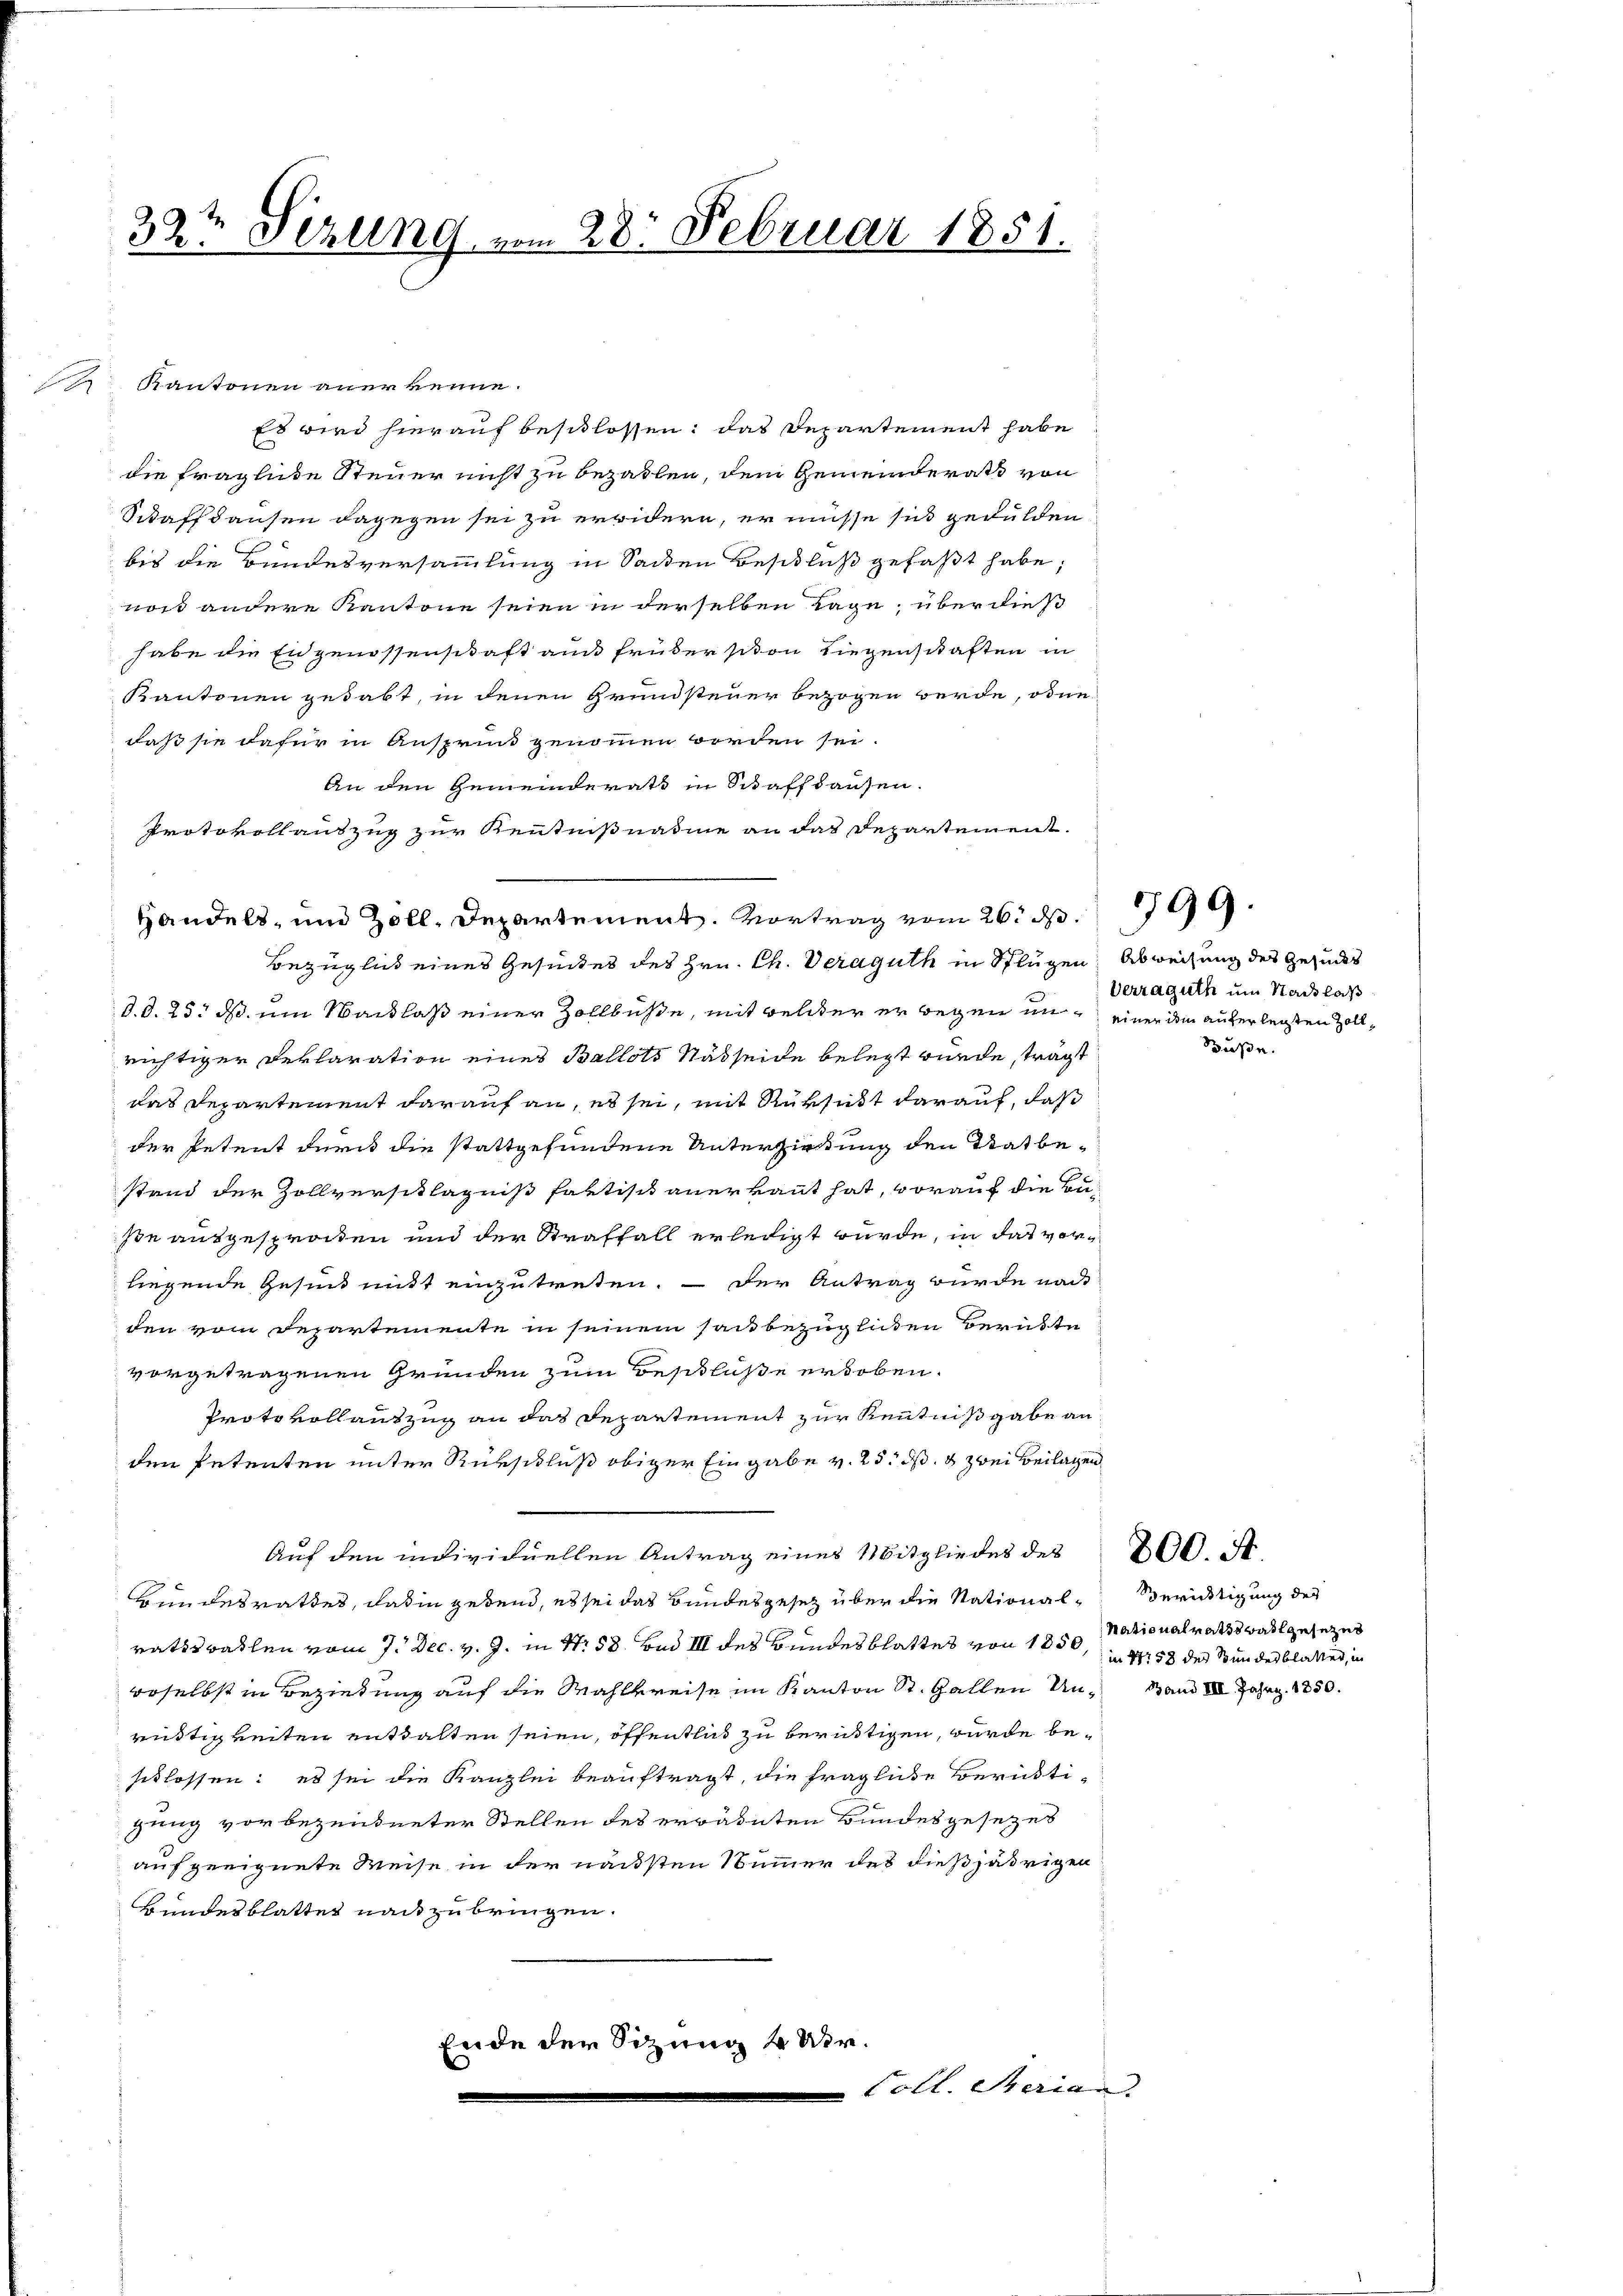
Kantonen anerkenne.
Es wird hierauf beschlossen: das Departement habe
die fragliche Steuer nicht zu bezahlen, dem Gemeinderath von
Schaffhausen dagegen sei zu erwidern, er müsse sich gedulden
bis die Bundesversammlung in Seiden Beschluß gefaßt habe;
nos andere Kantone seien in derselben Lage, über dieß
habe die Eidgenossenschaft au früher schon liegenschaften in
Kantonen gehabt, in denen Grundsteuer bezogen werde, obne
daß sie dafür in Ansprunk genommen worden sei.
An den Gemeinderath in Schaffhausen.
Protokollauszug zur Kenntnißnahme an das Departement.
Bezüglich eines Gesuches des Hrn. Ch. Veraguth in Splügen, Abweisung des Gesuches
d.d. 25. ds. um Waidlaß einer Zollbüße, mit reliter er wegen in einer dem auferlegten Zollrichtiger Deklaration eines Ballots Nahseide belegt würde, trägt
das Departement darauf an, es sei, mit Rüksicht darauf, daß
der Petent durch die stattgefundene Unterzirkung den Statbestand der Zollversitlägnis faktisch anerkannt hat, vorauf die Buse ausgesprochen und der Straffall erledigt wurde, in das vorliegende Gesind mitt einzutreten. — Der Antrag wurde nach
den vom Departemente in seinem sachbezüglichen Berüste
vorgetragenen Gründen zum Beschlüße erhoben.
Protokollantzug an das Departement zur Kenntnißgabe an
den Petenten unter Rückschluß obiger Eingabe v. 25. ds. & zwei Beilagen,
Auf den individuellen Antrag eines Mitgliedes des 200. A
Bundesrathes, daß in gebend, es sei das Bundesgesetz über die Nationalratsrathen vom 7. Dec. v. J. in Nr. 58. Bad III des Bundesblattes von 1850, 1758 des Stundesblattet, in
woselbst in Beziehung auf die Wahlkreise im Kanton St. Gallen Un¬ Band III Jahr 1850.
rüstigkeiten enthalten seien, öffentlich zu berutigen, wurde beschlossen: es sei die Kanzlei beauftragt, die fragliche Berükti-
gung vorbezeugneter Stellen des errädeten Bundesgesetzes
auf geeignete Weise in der nächsten Nummer des dießjährigen
Bundesblattes nach zu bringen.
Ende der Sitzung 4 Uir.
Coll. Serian.

32te Serung vom 28. Februar 1851.

Handels, und Zoll-Departement. Vortrag vom 26. d.

Vertraguth um Stadtlaß

599.

Buße.

Berichtigung des
Nationalratsstatt gesezes